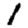
Digit: 1